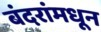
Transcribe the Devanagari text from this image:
बंदरांमधून